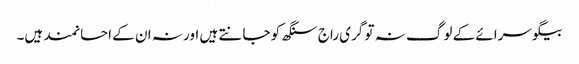
بیگو سرائے کے لوگ نہ تو گری راج سنگھ کو جانتے ہیں اور نہ ان کے احسانمند ہیں۔